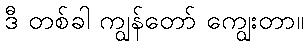
ဒီ တစ်ခါ ကျွန်တော် ကျွေးတာ။